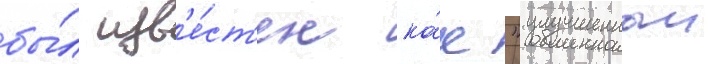
бы́л изв'е́ст'ен ка́к "улучшенныи